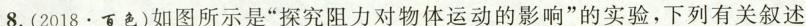
8.(2018·百色)如图所示是”探究阻力对物体运动的影响”的实验，下列有关叙述